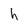
Character: h